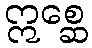
ဣစ္ဆေ